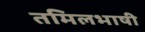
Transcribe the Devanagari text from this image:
तमिलभाषी